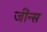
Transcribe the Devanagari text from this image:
जींन्स